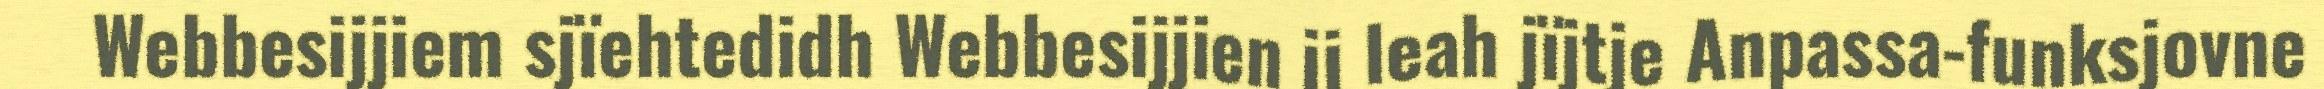
Webbesijjiem sjïehtedidh Webbesijjien ij leah jïjtje Anpassa-funksjovne